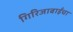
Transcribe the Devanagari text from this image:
गिरिजाबाईंचा